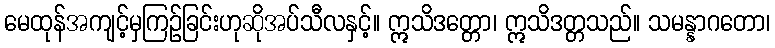
မေထုန်အကျင့်မှကြဉ်ခြင်းဟုဆိုအပ်သီလနှင့်။ ဣသိဒတ္တော၊ ဣသိဒတ္တသည်။ သမန္နာဂတော၊